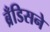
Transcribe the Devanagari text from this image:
ब्रँडिसने